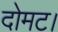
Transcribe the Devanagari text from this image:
दोमट।